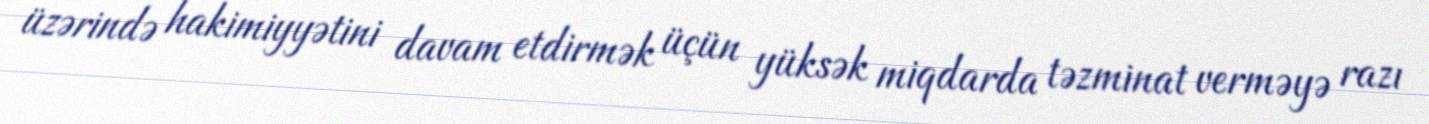
üzərində hakimiyyətini davam etdirmək üçün yüksək miqdarda təzminat verməyə razı